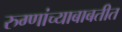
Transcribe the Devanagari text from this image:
रुग्णांच्याबाबतीत